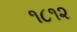
૧૮૧૨